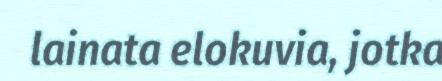
lainata elokuvia, jotka